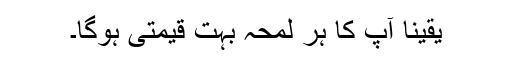
یقینا آپ کا ہر لمحہ بہت قیمتی ہوگا۔